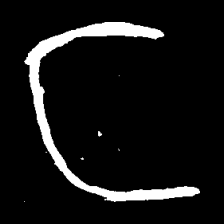
Pyu character \u2014 Myanmar letter: င (romanized: nga)